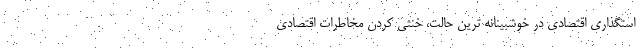
استگذاری اقتصادی در خوشبینانه ترین حالت، خنثی کردن مخاطرات اقتصادی